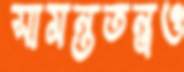
সামন্ততন্ত্রও